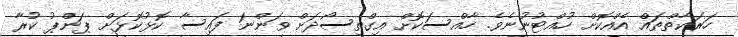
ހަރަކާތްތައް އެއްކޮށް ހުއްޓުނުނެވެ. ހާއްސަކޮށް އިގްތިސޯދަށް ވަންނަ ފައިސާ ކޮޅުކޮޅަށް ޕަންޕު ކުރާ